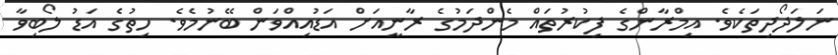
ނަލަދޯދިތަކެވެ. އިމްރާންގެ ފިކުރުތައް މެންދަމުގެ ރާނީއަށް އަޑުއިއްވަން ބޭނުމެވެ. ހިތުގެ އަޑު ލޯބިވާ